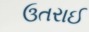
ઉતરાઈ